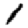
Digit: 1